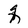
Character: q